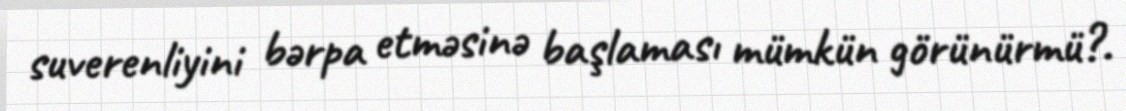
suverenliyini bərpa etməsinə başlaması mümkün görünürmü?.